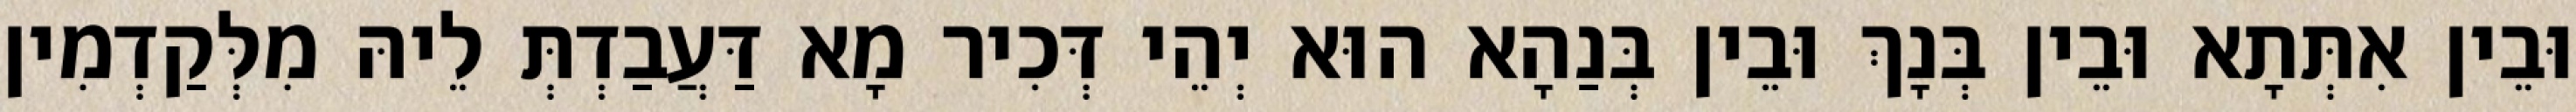
וּבֵין אִתְּתָא וּבֵין בְּנָךְ וּבֵין בְּנַהָא הוּא יְהֵי דְּכִיר מָא דַּעֲבַדְתְּ לֵיהּ מִלְּקַדְמִין